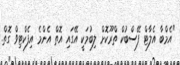
"އެމްބާ އެލާޓް ފޭސްބުކް ތްރޫކޮށް ލިބުމަކީ އޭގައި އޮތް އެންމެ އިފެކްޓިވް ގޮތް.